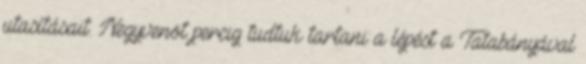
utasításait. Negyvenöt percig tudtuk tartani a lépést a Tatabányával